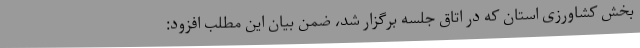
بخش کشاورزی استان که در اتاق جلسه برگزار شد، ضمن بیان این مطلب افزود: